Vaccination in Bombay 1913-1923 - 1913-1923
Year: 1913
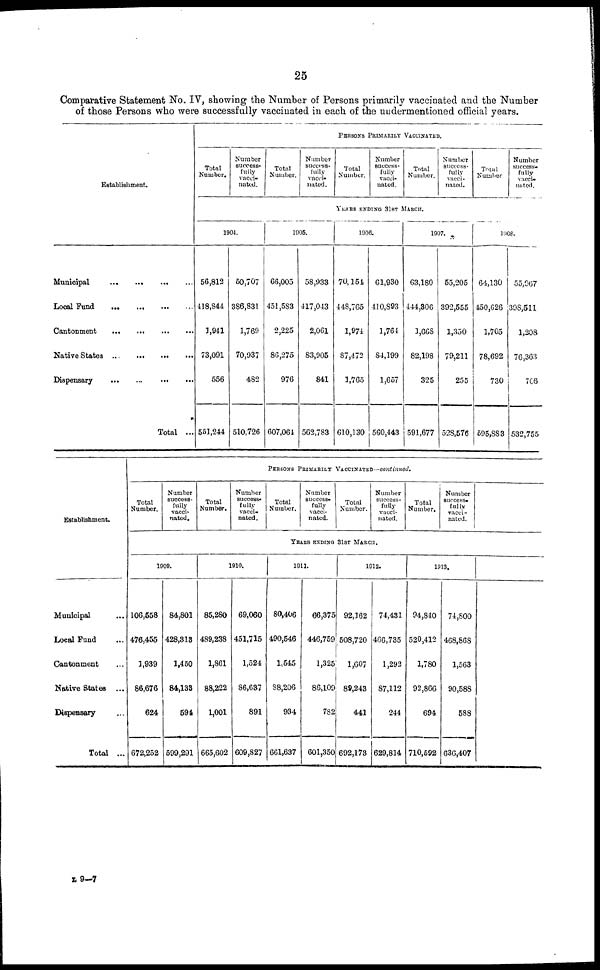
25
Comparative Statement No. IV, showing the Number of Persons primarily vaccinated and the Number
of those Persons who were successfully vaccinated in each of the undermentioned official years.
Establishment.
Municipal
...
...
...
...
Local Fund
...
...
...
...
Cantonment
...
...
...
...
Native States
...
...
...
...
Dispensary
...
...
...
...
Total ...
PERSONS PRIMARILY VACCINATED.
Total
Number.
Number
success-
fully
vacci-
nated.
Total
Number.
Number
success-
fully
vacci¬
nated.
Total
Number.
Number
success¬
fully
vacci¬
nated.
Total
Number.
Number
success-
fully
vacci-
nated.
Total
Number
Number
success-
fully
vacci¬
nated.
YEARS ENDING 31ST MARCH.
1904.
56,812
418,844
1,941
73,091
556
551,244
50,707
386,831
1,769
70,937
482
510,726
1905.
66,005
451,583
2,225
86,275
976
607,064
58,933
417,043
2,061
83,905
841
562,783
1906.
70,151
448,765
1,974
87,472
1,765
610,130
61,930
410,893
1,764
84,199
1,657
560,443
1907.
63,180
444,306
1,668
82,198
325
591,677
55,205
392,555
1,350
79,211
255
528,576
1908.
64,130
450,626
1,705
78,692
730
595,883
55,067
398,511
1,208
76,363
706
532,755
Establishment.
Municipal ...
Local Fund ...
Cantonment ...
Native States ...
Dispensary ...
Total ...
PERSONS PRIMARILY VACCINATED—continued.
Total
Number.
Number
success-
fully
vacci-
nated.
Total
Number.
Number
success¬
fully
vacci-
nated.
Total
Number.
Number
success¬
fully
vacci-
nated.
Total
Number.
Number
success-
fully
vacci-
nated.
Total
Number.
Number
success¬
fully
vacci-
nated.
YEARS ENDING 31ST MARCH.
1909.
106,558
476,455
1,939
86,676
624
672,252
84,801
428,313
1,450
84,133
594
599,291
1910.
85,280
489,238
1,861
88,222
1,001
665,602
69,060
451,715
1,524
86,637
891
609,827
1911.
80,406
490,546
1,545
88,206
934
661,637
66,375
446,759
1,325
86,109
782
601,350
1912.
92,162
508,720
1,607
89,243
441
692,173
74,431
466,735
1,292
87,112
244
629,814
1913.
94,840
520,412
1,780
92,866
694
710,592
74,800
468,868
1,563
90,588
588
636,407
L 9—7